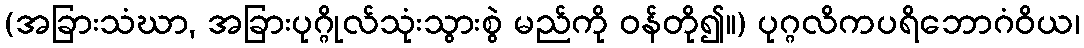
(အခြားသံဃာ, အခြားပုဂ္ဂိုလ်သုံးသွားစွဲ မည်ကို ဝန်တို၍။) ပုဂ္ဂလိကပရိဘောဂံဝိယ၊